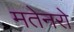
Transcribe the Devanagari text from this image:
मतेनरो